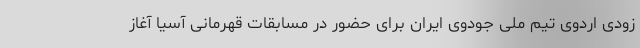
زودی اردوی تیم ملی جودوی ایران برای حضور در مسابقات قهرمانی آسیا آغاز